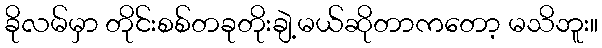
ခိုလမ်မှာ တိုင်းစစ်တခုတိုးချဲ့မယ်ဆိုတာကတော့ မသိဘူး။